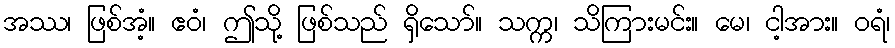
အဿ၊ ဖြစ်အံ့။ ဧဝံ၊ ဤသို့ ဖြစ်သည် ရှိသော်။ သက္က၊ သိကြားမင်း။ မေ၊ ငါ့အား။ ဝရံ၊